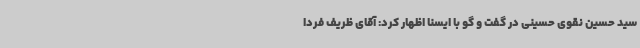
سید حسین نقوی حسینی در گفت و گو با ایسنا اظهار کرد: آقای ظریف فردا